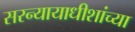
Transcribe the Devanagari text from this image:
सरन्यायाधीशांच्या